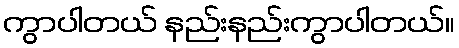
ကွာပါတယ် နည်းနည်းကွာပါတယ်။